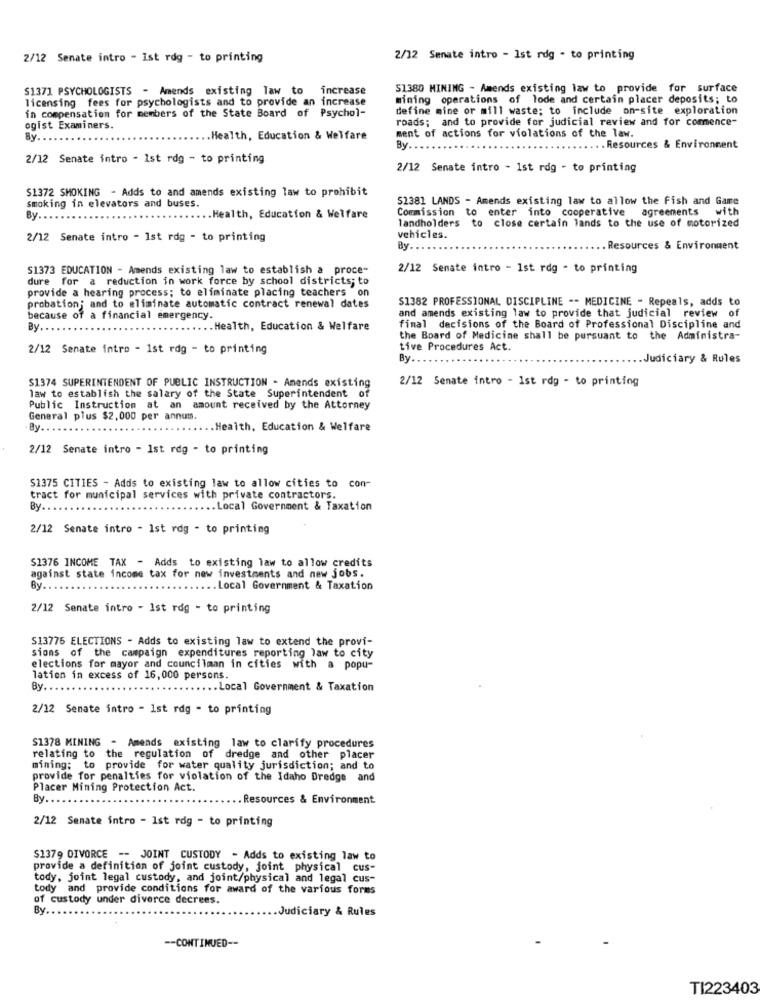
2/12 Senate intro - Ist rdg - to printing
2/12 Senate intro - Ist rdg - to printing
$1371 PSYCHOLOGISTS - Amends existing law to
increase
S1380 MINING - Amends existing law to provide for surface
licensing fees for psychologists and to provide an increase
mining operations of lode and certain placer deposits; to
in compensation for members of the State Board of Psychol-
define mine or mill waste; to include on-site exploration
roads; and to provide for judicial review and for commence-
ogist Examiners.
ment of actions for violations of the law.
By ..
.. Health, Education & Welfare
By ..
. Resources & Environment
2/12 Senate intro - 1st rdg - to printing
2/12 Senate intro - 1st rdg - to printing
$1372 SMOKING - Adds to and amends existing law to prohibit
52381 LANDS - Amends existing law to allow the Fish and Game
smoking in elevators and buses.
Commission to enter into cooperative
agreements
with
By.
.. Health, Education & Welfare
landholders to close certain lands to the use of motorized
2/12 Senate intro - 1st rdg - to printing
vehicles.
By
Resources & Environment
S1373 EDUCATION - Amends existing law to establish a proce-
2/12 Senate intro - 1st rdg - to printing
dure for a reduction in work force by school districts; to
provide a hearing process; to eliminate placing teachers on
$1382 PROFESSIONAL DISCIPLINE -- MEDICINE - Repeals, adds to
probation; and to eliminate automatic contract renewal dates
and amends existing law to provide that judicial review of
because of a financial emergency.
By.
... Health, Education & Welfare
final decisions of the Board of Professional Discipline and
the Board of Medicine shall be pursuant to the Administra-
2/12 Senate intro - 1st rdg - to printing
tive Procedures Act.
By.
.Judiciary & Rules
$1374 SUPERINTENDENT OF PUBLIC INSTRUCTION - Amends existing
2/12 Senate intro - 1st rdg - to printing
law to establish the salary of the State Superintendent of
Public Instruction at an amount received by the Attorney
General plus $2,000 per annum.
By ...
.Health, Education & Welfare
2/12 Senate intro - 1st rdg - to printing
$1375 CITIES - Adds to existing law to allow cities to c
tract for municipal services with private contractors.
By.
.Local Government & Taxation
2/12 Senate intro - 1st rdg - to printing
$1376 INCOME TAX - Adds to existing law to allow credits
against state income tax for new investments and new jobs.
By.
.. Local Government & Taxation
2/12 Senate intro - Ist rdg - to printing
S13775 ELECTIONS - Adds to existing law to extend the provi-
sions of the campaign expenditures reporting law to city
elections for mayor and councilman in cities with a popu-
lation in excess of 16,000 persons.
By.
... Local Government & Taxation
2/12 Senate intro - Ist rdg - to printing
$1378 MINING - Amends existing law to clarify procedures
relating to the regulation of dredge and other placer
mining; to provide for water quality jurisdiction; and to
provide for penalties for violation of the Idaho Dredge and
Placer Mining Protection Act.
By.
. Resources & Environment
2/12 Senate intro - 1st rdg - to printing
$1379 DIVORCE -- JOINT CUSTODY - Adds to existing law to
provide a definition of joint custody, joint physical cus-
tody, joint legal custody, and joint/physical and legal cus-
tody and provide conditions for award of the various forms
of custody under divorce decrees.
By
.Judiciary & Rules
-- CONTINUED --
TI223403